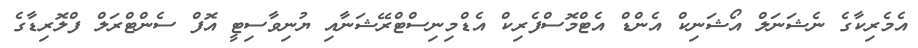
އެމެރިކާގެ ނެޝަނަލް އޯޝަނިކް އެންޑް އެޓްމޮސްފެރިކް އެޑްމިނިސްޓްރޭޝަނާއި ޔުނިވާސިޓީ އޮފް ސެންޓްރަލް ފްލޮރިޑާގެ